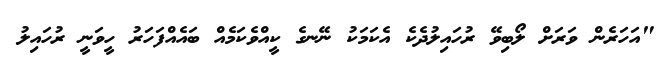
"އަހަރެން ވަރަށް ލޯބިވޭ ރުހައިލުދެކެ އެކަމަކު ނޭނގެ ކީއްވެކަމެއް ބައެއްފަހަރު ހީވަނީ ރުހައިލު